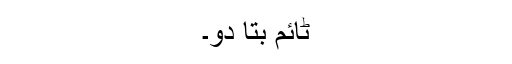
ٹائم بتا دو۔